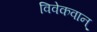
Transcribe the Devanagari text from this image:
विवेकवान्